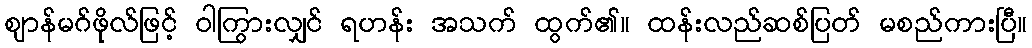
ဈာန်မဂ်ဖိုလ်ဖြင့် ဝါကြွားလျှင် ရဟန်း အသက် ထွက်၏။ ထန်းလည်ဆစ်ပြတ် မစည်ကားပြီ။